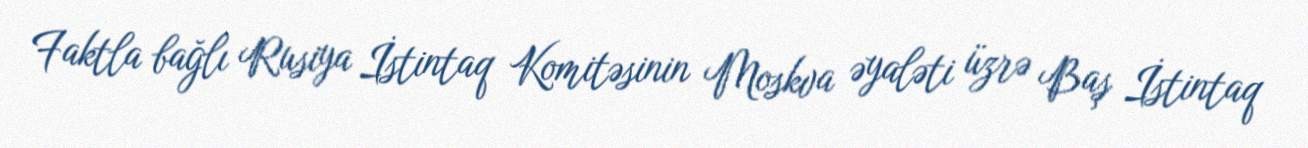
Faktla bağlı Rusiya İstintaq Komitəsinin Moskva əyaləti üzrə Baş İstintaq